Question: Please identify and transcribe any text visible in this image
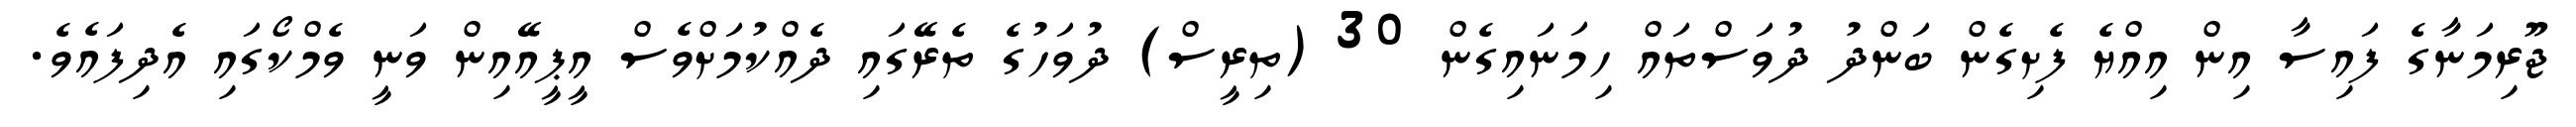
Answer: ޖޫރިމަނާގެ ފައިސާ އިން އިއްޔެ ފެށިގެން ބަންދު ދުވަސްތައް ހިމަނައިގެން 30 (ތިރީސް) ދުވަހުގެ ތެރޭގައި ދެއްކުމަށްވެސް އީޕީއޭއިން ވަނީ ވެމްކޯގައި އެދިފައެވެ.